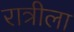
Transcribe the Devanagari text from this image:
रात्रीला